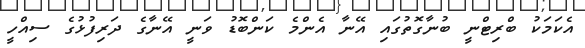
އެކަމަކު ބްރިޓްނީ ބުނާގޮތުގައި އޭނާ އެންމެ ކަންބޮޑު ވަނީ އޭނާގެ ދަރިފުޅުގެ ސިއްހީ